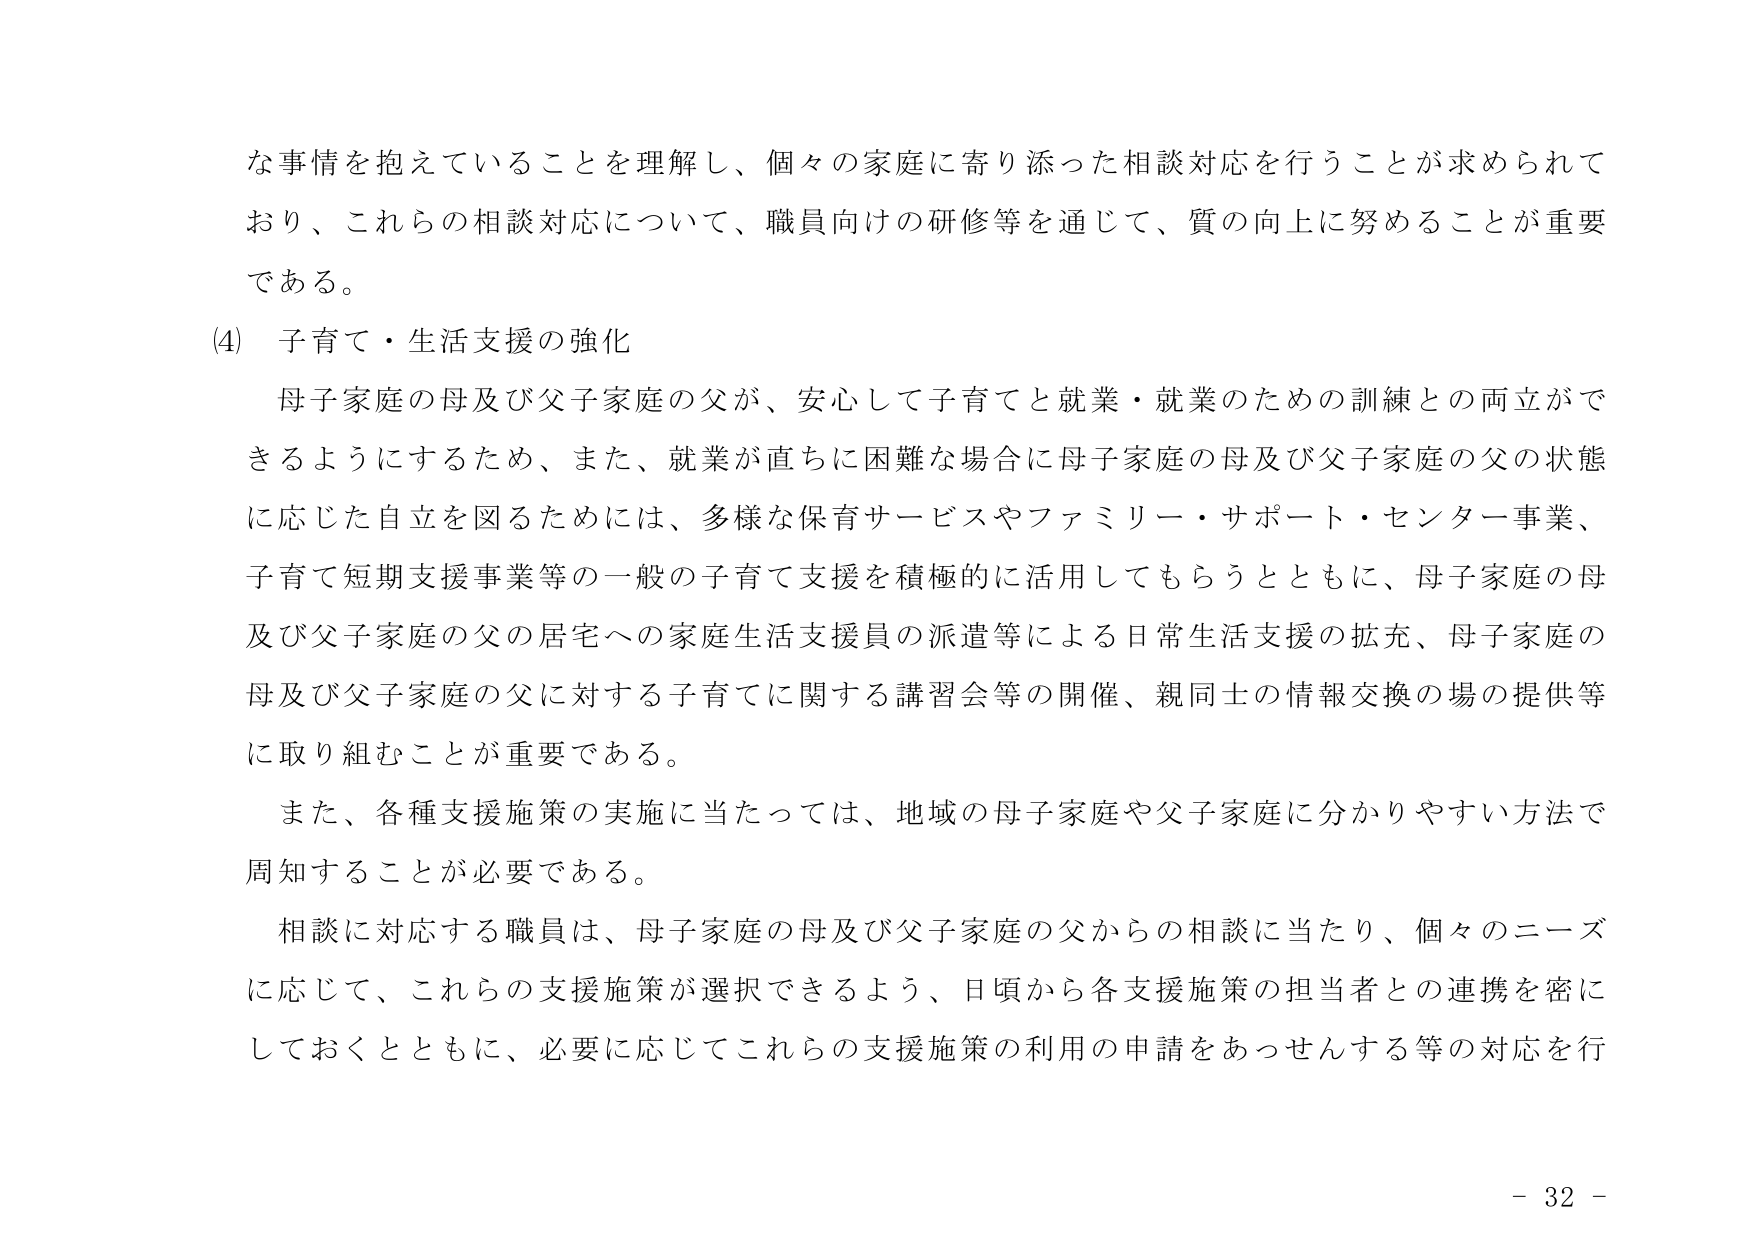
な事情を抱えていることを理解し、個々の家庭に寄り添った相談対応を行うことが求められており、これらの相談対応について、職員向けの研修等を通じて、質の向上に努めることが重要である。

(4) 子育て・生活支援の強化

母子家庭の母及び父子家庭の父が、安心して子育てと就業・就業のための訓練との両立ができるようにするため、また、就業が直ちに困難な場合に母子家庭の母及び父子家庭の父の状態に応じた自立を図るためには、多様な保育サービスやファミリー・サポート・センター事業、子育て短期支援事業等の一般の子育て支援を積極的に活用してもらうとともに、母子家庭の母及び父子家庭の父の居宅への家庭生活支援員の派遣等による日常生活支援の拡充、母子家庭の母及び父子家庭の父に対する子育てに関する講習会等の開催、親同士の情報交換の場の提供等に取り組むことが重要である。

また、各種支援施策の実施に当たっては、地域の母子家庭や父子家庭に分かりやすい方法で周知することが必要である。

相談に対応する職員は、母子家庭の母及び父子家庭の父からの相談に当たり、個々のニーズに応じて、これらの支援施策が選択できるよう、日頃から各支援施策の担当者との連携を密にしておくとともに、必要に応じてこれらの支援施策の利用の申請をあっせんする等の対応を行

- 32 -